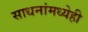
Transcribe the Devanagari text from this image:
साधनांमध्येही